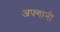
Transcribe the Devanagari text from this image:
अफ़्गानी